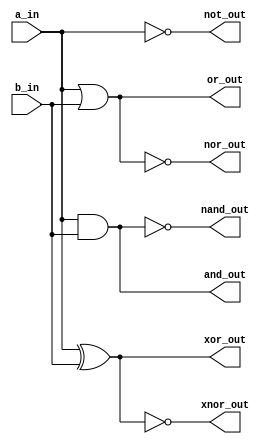
`timescale 1ns / 1ps
//////////////////////////////////////////////////////////////////////////////////
// Company: 
// Engineer: 
// 
// Design Name: 
// Module Name: allgates
// Project Name: 
// Target Devices: 
// Tool Versions: 
// Description: 
// 
// Dependencies: 
// 
// Revision:
// Revision 0.01 - File Created
// Additional Comments:
// 
//////////////////////////////////////////////////////////////////////////////////


module allgates(
    input a_in,
    input b_in,
    output and_out,
    output or_out,
    output not_out,
    output nand_out,
    output nor_out,
    output xor_out,
    output xnor_out
    );
    assign and_out=(a_in & b_in);
    assign nand_out=~(and_out);
    assign or_out=(a_in|b_in);
    assign nor_out=~(or_out);
    assign xor_out=(a_in^b_in);
    assign xnor_out=~xor_out;
    assign not_out=~a_in;
endmodule